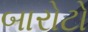
બારોટો